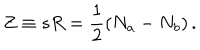
Z \equiv s R = { \frac { 1 } { 2 } } ( N _ { a } - N _ { b } ) \, .